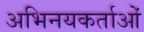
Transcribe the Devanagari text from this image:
अभिनयकर्ताओं